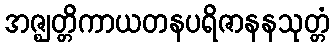
အဇ္ဈတ္တိကာယတနပရိဇာနနသုတ္တံ